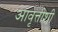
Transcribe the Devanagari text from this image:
आवृत्तीशी